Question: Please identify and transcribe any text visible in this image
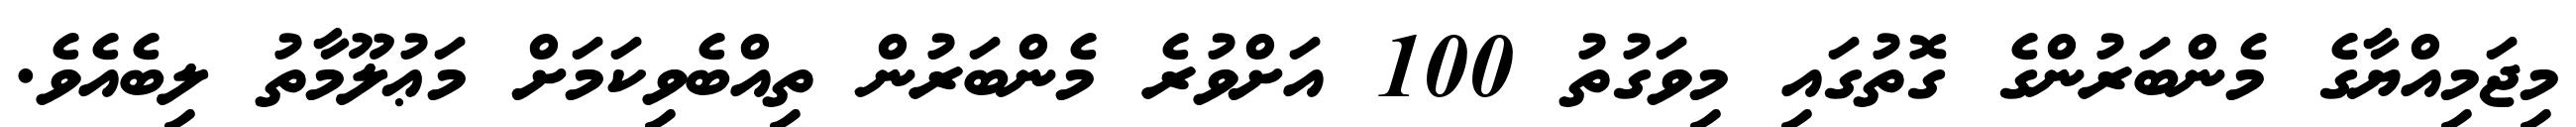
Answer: މިޖަމިއްޔާގެ މެންބަރުންގެ ގޮތުގައި މިވަގުތު 100 އަށްވުރެ މެންބަރުން ތިއްބެވިކަމަށް މަޢުލޫމާތު ލިބެއެވެ.